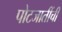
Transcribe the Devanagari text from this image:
पोटजातींची